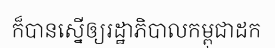
ក៏បានស្នើឲ្យរដ្ឋាភិបាលកម្ពុជាដក